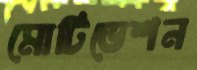
মোটিভেশন